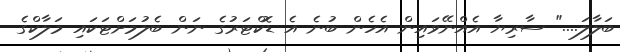
ބަލާލަ...." ސާރިޔާ އެއްނޭވައިން އެހެން ބުނެ އެ ޑޮކްޓަރުގެ ނަން ބެލުމަށްޓަކައި މަލާކްގެ